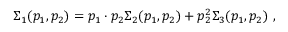
\Sigma _ { 1 } ( p _ { 1 } , p _ { 2 } ) = p _ { 1 } \cdot p _ { 2 } \Sigma _ { 2 } ( p _ { 1 } , p _ { 2 } ) + p _ { 2 } ^ { 2 } \Sigma _ { 3 } ( p _ { 1 } , p _ { 2 } ) \ ,